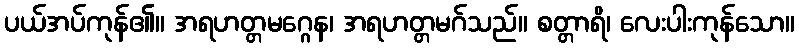
ပယ်အပ်ကုန်၏။ အရဟတ္တမဂ္ဂေန၊ အရဟတ္တမဂ်သည်။ စတ္တာရိ၊ လေးပါးကုန်သော။